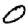
Digit: 0